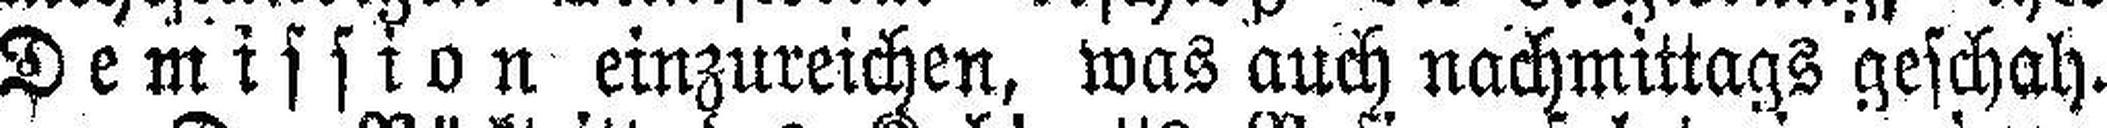
Demission einzureichen, was auch nachmittags geschah.